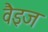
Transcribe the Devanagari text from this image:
वैइज